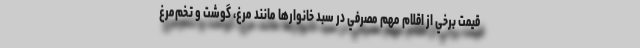
قيمت برخي از اقلام مهم مصرفي در سبد خانوارها مانند مرغ، گوشت و تخم‌مرغ